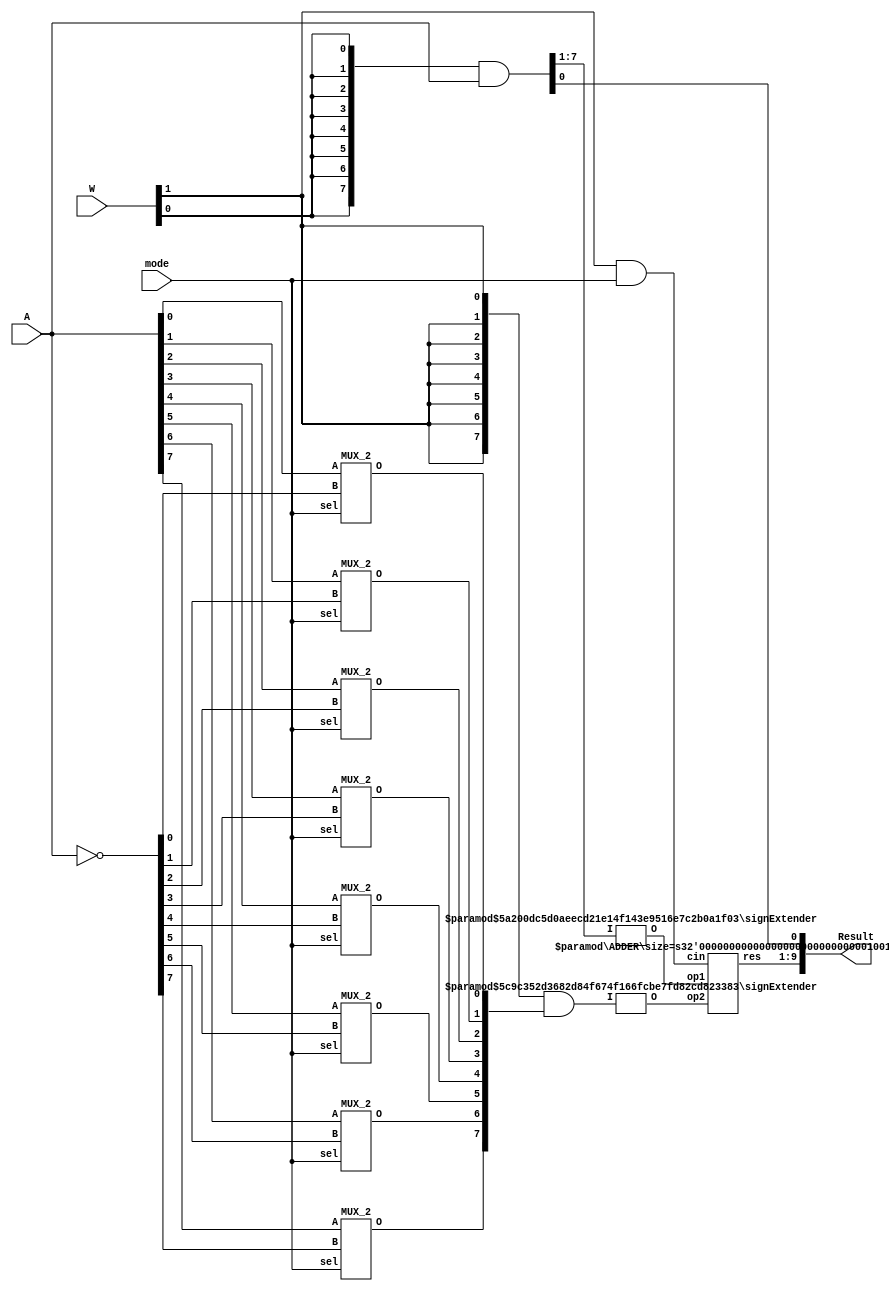
module multiplier_8x2(
    input [1:0] W,          // signed or unsigned
    input [7:0] A,          // signed
    input mode,             // if 1, regards w signed, else unsigned
    output [9:0] Result);     

    wire [7:0] W_01A, notA, temp, W_10A;
    assign W_01A = {8{W[0]}} & A;
    assign notA = ~A;
    genvar i;
    for (i=0; i<8; i=i+1) begin
        MUX_2 mx (.A(A[i]), .B(notA[i]), .sel(mode), .O(temp[i]));        
    end
    assign W_10A = {8{W[1]}} & temp;

    wire CIN = W[1] & mode;
    wire [8:0] OP1, OP2;
    signExtender #(.size(7), .extsize(9)) op1se (W_01A[7:1], OP1);
    signExtender #(.size(8), .extsize(9)) op2se (W_10A, OP2);
    wire [8:0] sumres;
    ADDER #(.size(9)) sum (OP1, OP2, CIN, sumres);
    assign Result = {sumres, W_01A[0]};    
    
endmodule

module signExtender(I, O);      // size bit  I extsize bit  O sign extension
    parameter size = 10;
    parameter extsize = 12;
    input [size-1:0] I;
    output [extsize-1:0] O;

    assign O = {{(extsize-size){I[size-1]}}, {I}};

endmodule

module ADDER(op1, op2, cin, res);           // without carry out
    parameter size = 12;
    input [size-1:0] op1, op2;
    input cin;
    output [size-1:0] res;
    wire [size:0] C;

    genvar i;
    assign C[0] = cin;
    
    generate
        for(i=0; i<size; i=i+1) begin
            fullAdder FAwoc (.A(op1[i]), .B(op2[i]), .ci(C[i]), .s(res[i]), .co(C[i+1]));
        end
    endgenerate

endmodule

module MUX_2(
    input A, B, sel,
    output O);
    
    wire asp, bs, notsel;
    
    not(notsel, sel);
    nand(asp, A, notsel); 
    nand(bs, B, sel);
    nand(O, asp, bs);     
    
endmodule


module fullAdder(
    input A, B, ci,
    output s, co);

    wire AxorB, AB, AciorBci;

    xor(AxorB, A, B);
    xor(s, AxorB, ci);
    and(AB, A, B);
    and(AciorBci, AxorB, ci);
    or(co, AciorBci, AB);

endmodule